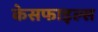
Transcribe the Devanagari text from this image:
केसफाइल्स